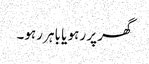
گھر پر رہو یا باہر رہو۔